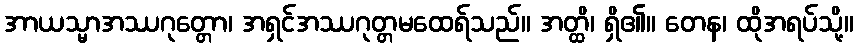
အာယသ္မာအဿဂုတ္တော၊ အရှင်အဿဂုတ္တမထေရ်သည်။ အတ္ထိ၊ ရှိ၏။ တေန၊ ထိုအရပ်သို့။